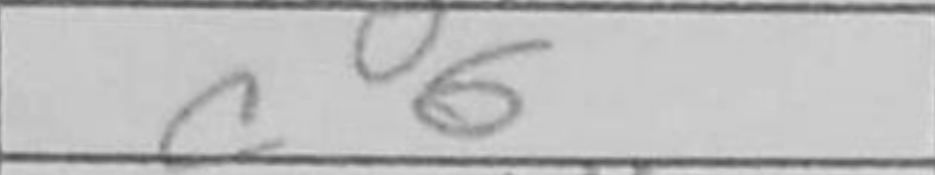
Transcription: c6